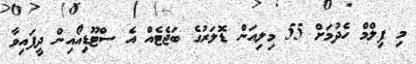
މި ފިލްމް ހެދުމަށް 55 މިލިއަން ޑޮލަރުގެ ބަޖެޓެއް އެ ސްޓޫޑިއޯއިން ދީފައިވާ